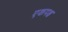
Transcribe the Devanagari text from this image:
एकपक्ष